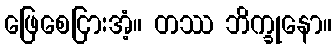
ဖြေစေငြားအံ့။ တဿ ဘိက္ခုနော။